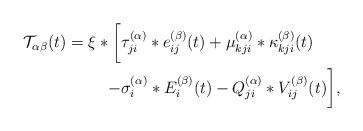
LaTeX: \begin{align*}\begin{aligned}\mathcal{T}_{\alpha\beta}(t)=\xi*\biggl[ & \tau_{ji}^{(\alpha)}*e_{ij}^{(\beta)}(t)+\mu_{kji}^{(\alpha)}*\kappa_{kji}^{(\beta)}(t)\\- & \sigma_{i}^{(\alpha)}*E_{i}^{(\beta)}(t)-Q_{ji}^{(\alpha)}*V_{ij}^{(\beta)}(t)\biggr],\end{aligned}\end{align*}